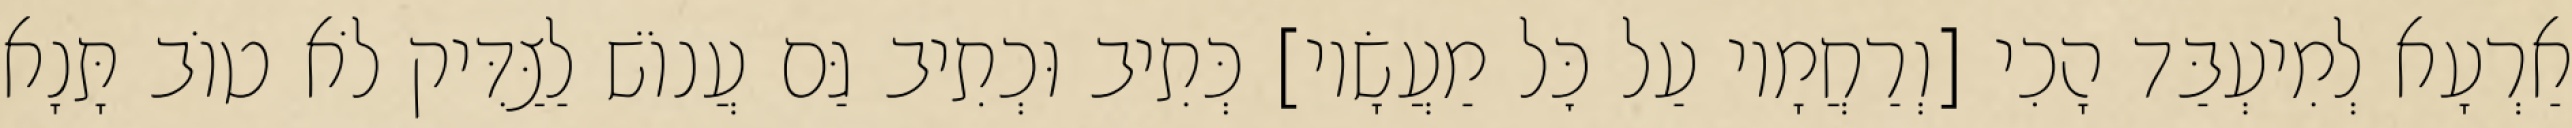
אַרְעָא לְמִיעְבַּד הָכִי [וְרַחֲמָיו עַל כׇּל מַעֲשָׂיו] כְּתִיב וּכְתִיב גַּם עֲנוֹשׁ לַצַּדִּיק לֹא טוֹב תָּנָא